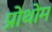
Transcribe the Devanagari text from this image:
प्रोथोम